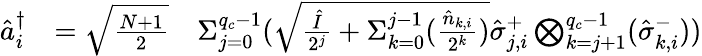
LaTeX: \begin{array}{rlr}{\hat{a}_{i}^{\dagger}}&{=\sqrt{\frac{N+1}{2}}}&{{\Sigma}_{j=0}^{q_{c}-1}(\sqrt{\frac{\hat{I}}{2^{j}}+{\Sigma}_{k=0}^{j-1}(\frac{\hat{n}_{k,i}}{2^{k}})}\hat{\sigma}_{j,i}^{+}\bigotimes_{k=j+1}^{q_{c}-1}(\hat{\sigma}_{k,i}^{-}))}\end{array}